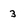
Character: 3